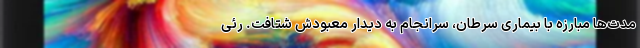
مدت‌ها مبارزه با بیماری سرطان، سرانجام به دیدار معبودش شتافت. رئی